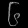
Digit: ၆